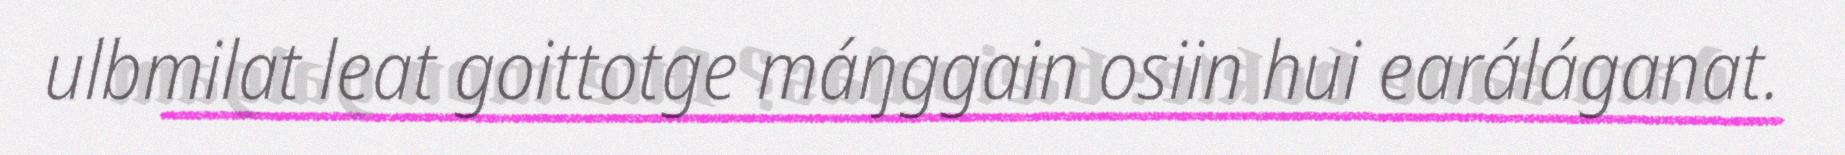
ulbmilat leat goittotge máŋggain osiin hui earáláganat.